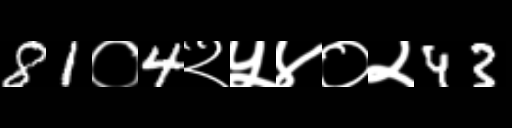
Text: 81०4२५४०२43